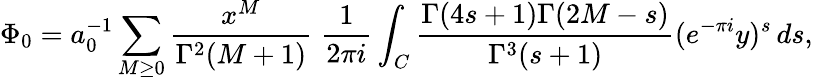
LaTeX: \Phi_{0}=a_{0}^{-1}\sum_{M\geq 0}\frac{x^{M}}{\Gamma^{2}(M+1)}\; \frac 1{2\pi i}\int_{C}\frac{\Gamma(4s+1)\Gamma(2M-s)}{\Gamma^{3}(s+1)}(e^{-\pi i}y)^{s}\, ds,